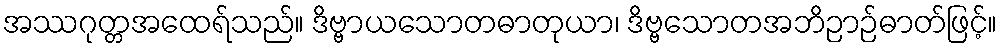
အဿဂုတ္တအထေရ်သည်။ ဒိဗ္ဗာယသောတဓာတုယာ၊ ဒိဗ္ဗသောတအဘိဉာဉ်ဓာတ်ဖြင့်။